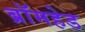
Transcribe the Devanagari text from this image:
ब्रॉमहेड